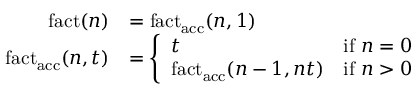
{ \begin{array} { r l } { \operatorname { f a c t } ( n ) } & { = \operatorname { f a c t _ { a c c } } ( n , 1 ) } \\ { \operatorname { f a c t _ { a c c } } ( n , t ) } & { = { \left\{ \begin{array} { l l } { t } & { { \mathrm { i f ~ } } n = 0 } \\ { \operatorname { f a c t _ { a c c } } ( n - 1 , n t ) } & { { \mathrm { i f ~ } } n > 0 } \end{array} \right. } } \end{array} }